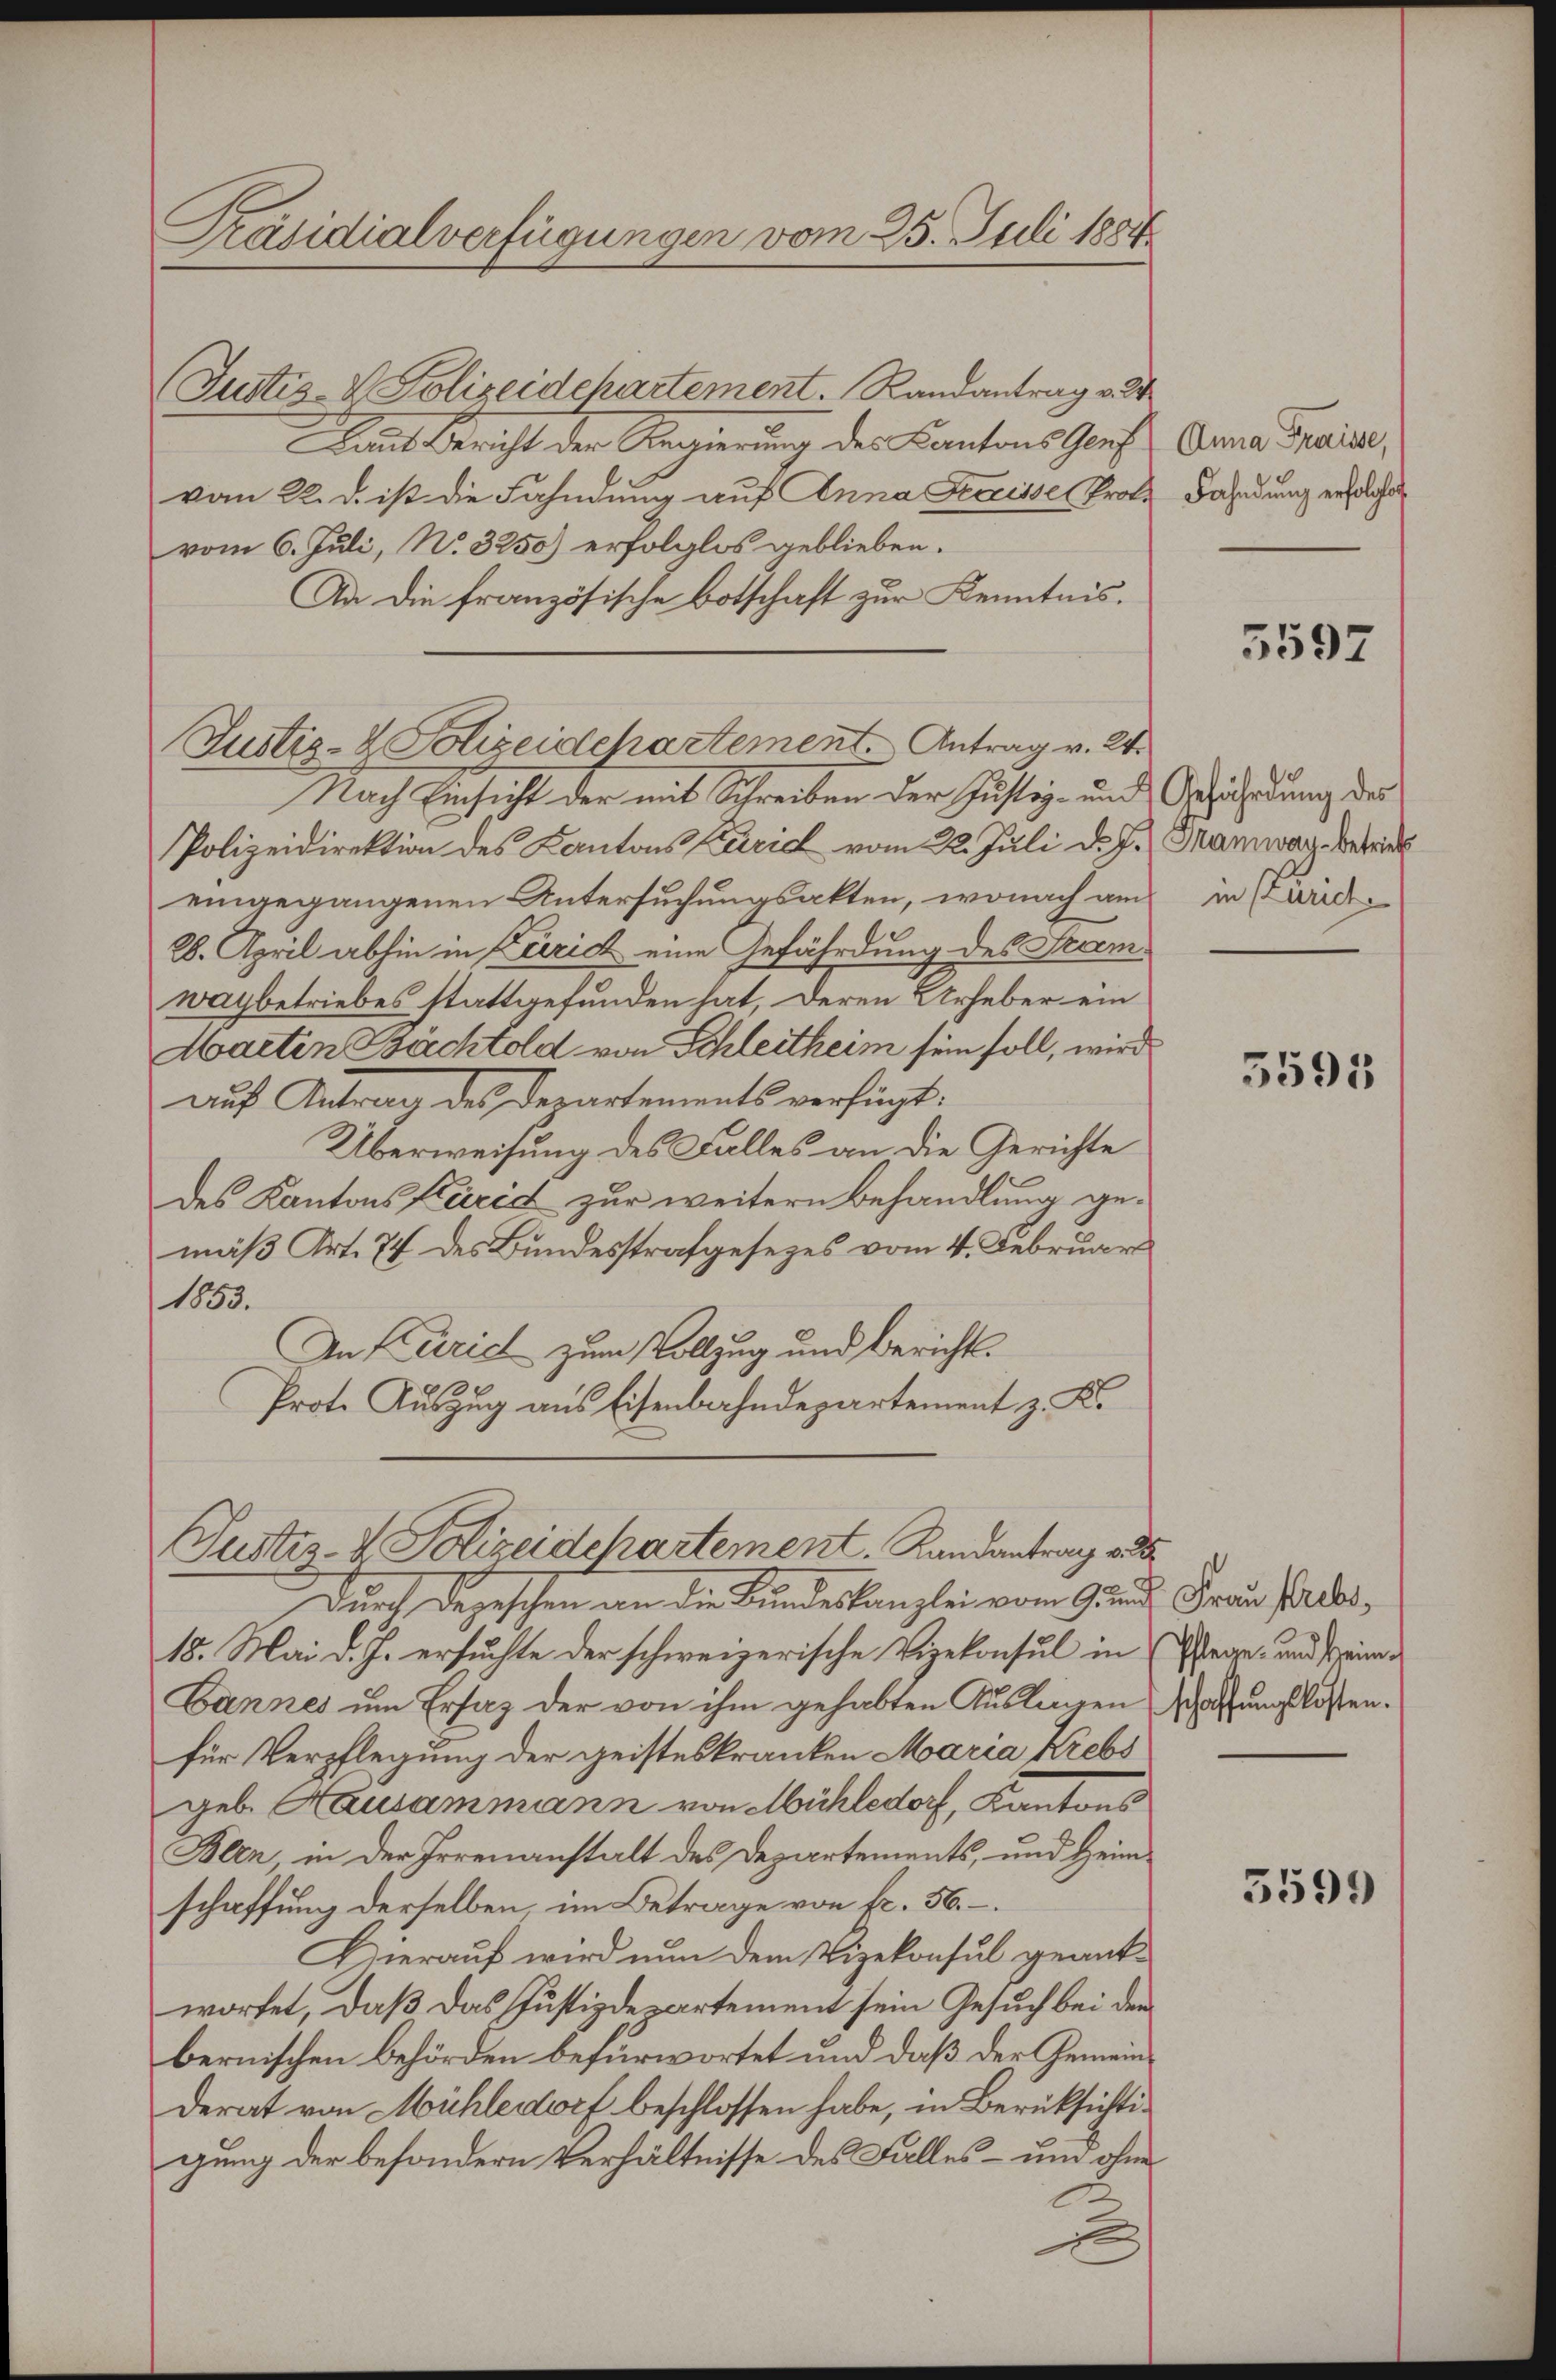
Präsidialverfügungen vom 25. Juli 1884.

(Justiz- & Polizeidchartement. Randantrag v. 24
Daus Bericht der Regierung des Cantons Genf
vom 22. d. ist die Fahndung auf Anna Kraisse Prof.
vom 6. Juli, No. 3250) erfolglos geblieben.
An die französische Botschaft zur Kenntnis.
Nach Einsicht der mit Schreiben der Justiz- und Gefährdung des
Polizeidirektion des Kantons Kurich vom 22. Juli d. J. Maiwarz betrieb
eingegangenen Untersuchungsakten, wonach am
28. April abhin in Zürich eine Gefährdung des Tramwaybetriebes stattgefunden hat, deren Urheber ein
Marten Pächtold von Schleitheim sein soll, wird
auf Antrag des Departements verfügt:
Überweisung des Falles an die Gerichte
des Kantons Flucid zur weitern Behandlung gemäß Art. 74 des Bundesstrafgesezes vom 4. Februar
1853.
In Karich zum Vollzug und Berichts¬
Prote Auszug aus Eisenbahndepartement z. K.
Justiz- & Polizeidepartement. Landantrag v. 25.
Durch degeschen an die Kundeskanzlei vom Grunde
18. Mai d. J. ersuchte der schweizerische Vizekonsul in
Lannes um Ersaz der von ihm gehabten Auslagen schaffungslostenfür Verpflegung der geisteskranken Maria Krebs
geb. Hausammann von Mühledorf, Kantons
Blen, in der Irrenanstalt des Departements, und Heimschaffung derselben, im Betrage von fr. 56.
Hierauf wird nun dem Vizekonsul geantwortet, daß das Justizdepartement sein Gesuch bei den
bernischen Behörden befürwortet und daß der Gemeinderat von Mühledorf beschlossen habe, in Berüksichtigung der besondern Verhältnisse des Falles – und ohne
2

Justiz- & Polizeidchartement Antrag v. 24.

Anna Fraisse,
Fahndung erfolgen

5597

in (Zürich

3591

Frau Krebs,
Pflege und sein

5599